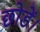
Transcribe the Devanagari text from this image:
छोडें।